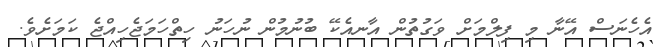
އެހެނަސް އޭނާ މި ފިލްމަށް ވަގުތުން އާނއެކޭ ބުނުމުން ނުހަނު ހިތްހަމަޖެހިއްޖެ ކަމަށެވެ.